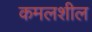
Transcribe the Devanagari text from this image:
कमलशील